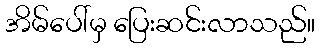
အိမ်ပေါ်မှ ပြေးဆင်းလာသည်။